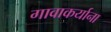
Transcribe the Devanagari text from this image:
गावाकर्याना